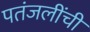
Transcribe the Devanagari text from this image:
पतंजलींची